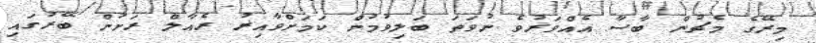
މިރޭގެ މެޗުން ބާސާ އެއްވަރުވެ ނުވަތަ ބަލިވުމުން ކަމަށްވާއިރު ރެއާލް ރަށުން ބޭރުގައި